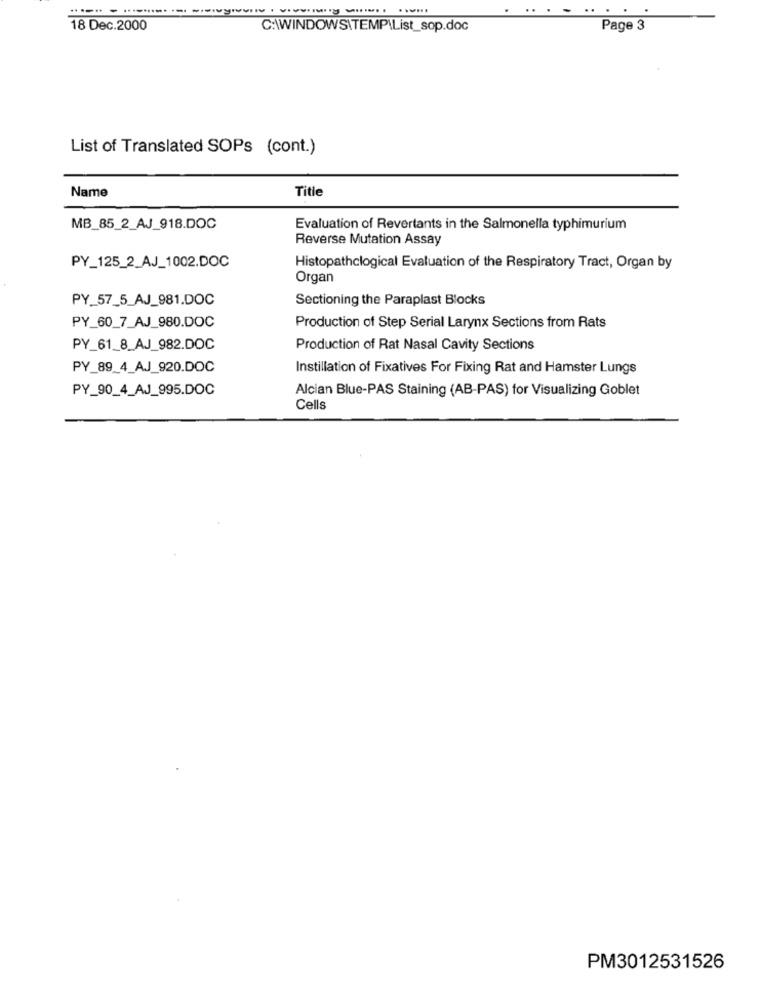
. ..
18 Dec.2000
C:\WINDOWS\TEMP\List_sop.doc
Page 3
List of Translated SOPs (cont.)
Name
Title
MB_85_2_AJ_918.DOC
Evaluation of Revertants in the Salmonella typhimurium
Reverse Mutation Assay
PY_125_2_AJ_1002.DOC
Histopathological Evaluation of the Respiratory Tract, Organ by
Organ
PY_57_5_AJ_981.DOC
Sectioning the Paraplast Blocks
PY_60_7_AJ_980.DOC
Production of Step Serial Larynx Sections from Rats
PY_61_8_AJ_982.DOC
Production of Rat Nasal Cavity Sections
PY_89_4_A.J_920.DOC
Instillation of Fixatives For Fixing Rat and Hamster Lungs
PY_90_4_AJ_995.DOC
Alcian Blue-PAS Staining (AB-PAS) for Visualizing Goblet
Cells
PM3012531526